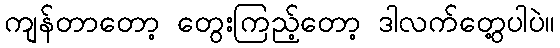
ကျန်တာတော့ တွေးကြည့်တော့ ဒါလက်တွေ့ပါပဲ။